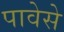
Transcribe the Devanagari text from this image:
पावेसे